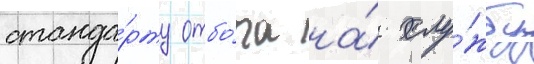
станда́рту отбо́ра на́ слу́жбу